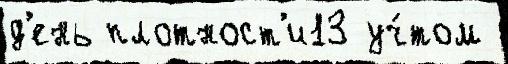
д'ень плотност'и13 уч́том